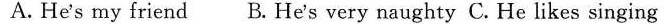
A. He's my friend B. He's very naughty C. He likes singing